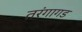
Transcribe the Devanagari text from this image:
तरंगागड